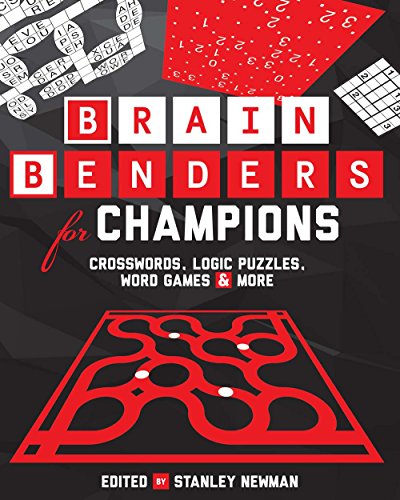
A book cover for Brain Benders for Champions: Crosswords, Logic Puzzles, Word Games & More; Peter Ritmeester; Humor & Entertainment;